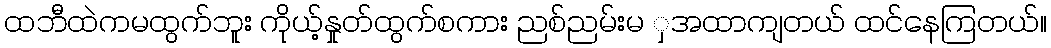
ထဘီထဲကမထွက်ဘူး ကိုယ့်နှုတ်ထွက်စကား ညစ်ညမ်းမ ှအထာကျတယ် ထင်နေကြတယ်။